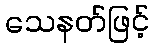
သေနတ်ဖြင့်